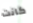
كانت